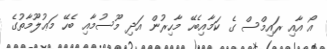
އޯ އާއި ރައިމްސް ގެ ކަމާއިބެހޭ މާހިރުން އަދި މޫސުމާއި ބެހޭ މަޢުލޫމާތުގެ